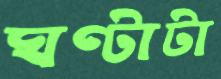
ঘণ্টাটা